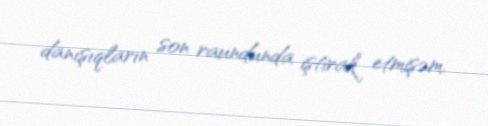
danışıqların son raundunda iştirak etmişəm.